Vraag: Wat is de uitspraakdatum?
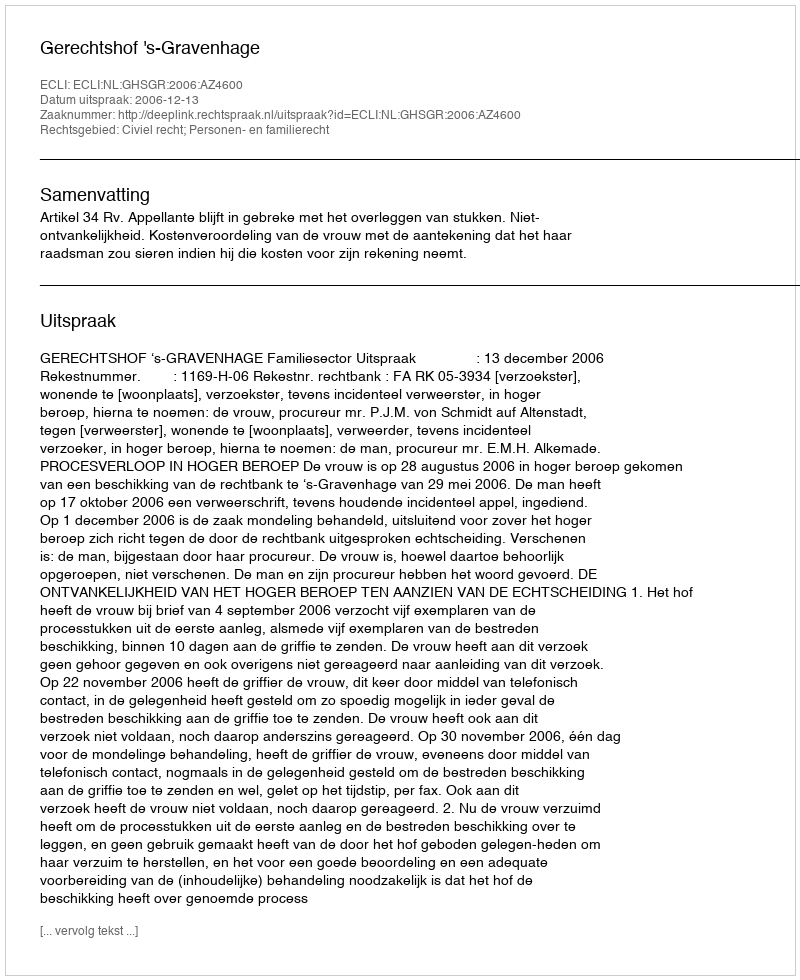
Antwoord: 2006-12-13